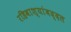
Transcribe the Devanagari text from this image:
रहिवाश्यांबद्दल